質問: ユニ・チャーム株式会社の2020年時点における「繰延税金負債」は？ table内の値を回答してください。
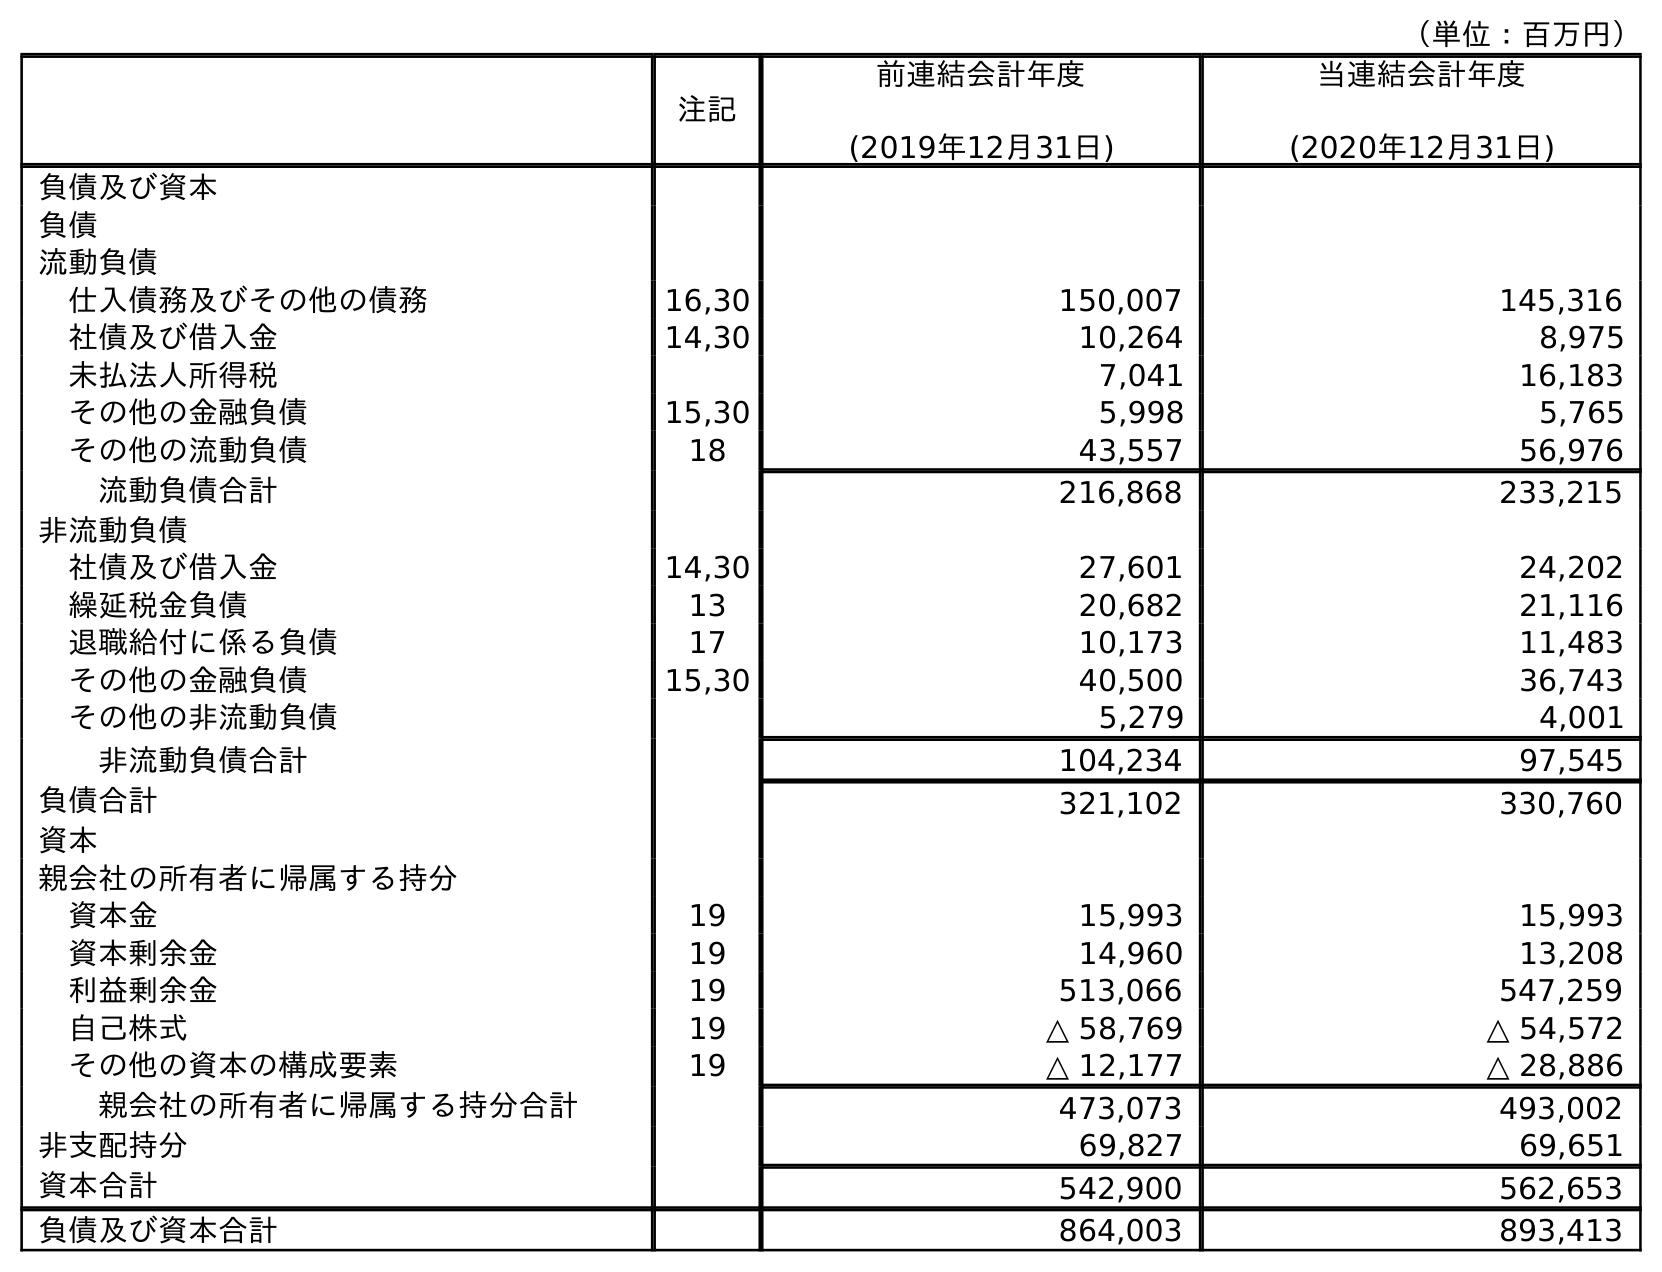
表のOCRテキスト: （単位：百万円） 注記 前連結会計年度 (2019年12月31日) 当連結会計年度 (2020年12月31日) 負債及び資本 負債 流動負債 仕入債務及びその他の債務 16,30 150,007 145,316 社債及び借入金 14,30 10,264 8,975 未払法人所得税 7,041 16,183 その他の金融負債 15,30 5,998 5,765 その他の流動負債 18 43,557 56,976 流動負債合計 216,868 233,215 非流動負債 社債及び借入金 14,30 27,601 24,202 繰延税金負債 13 20,682 21,116 退職給付に係る負債 17 10,173 11,483 その他の金融負債 15,30 40,500 36,743 その他の非流動負債 5,279 4,001 非流動負債合計 104,234 97,545 負債合計 321,102 330,760 資本 親会社の所有者に帰属する持分 資本金 19 15,993 15,993 資本剰余金 19 14,960 13,208 利益剰余金 19 513,066 547,259 自己株式 19 △ 58,769 △ 54,572 その他の資本の構成要素 19 △ 12,177 △ 28,886 親会社の所有者に帰属する持分合計 473,073 493,002 非支配持分 69,827 69,651 資本合計 542,900 562,653 負債及び資本合計 864,003 893,413
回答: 21,116